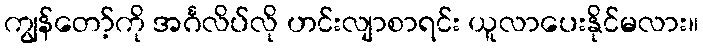
ကျွန်တော့်ကို အင်္ဂလိပ်လို ဟင်းလျာစာရင်း ယူလာပေးနိုင်မလား။